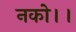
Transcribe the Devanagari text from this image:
नको।।